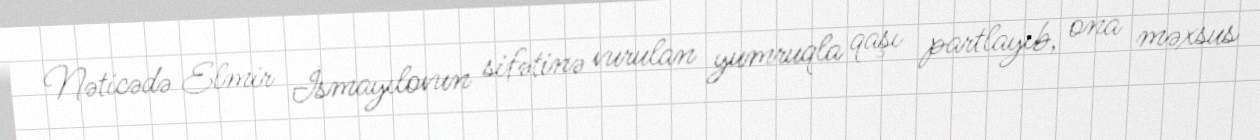
Nəticədə Elmir İsmayılovun sifətinə vurulan yumruqla qaşı partlayıb, ona məxsus